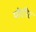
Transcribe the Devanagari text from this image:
पोर्टरेट